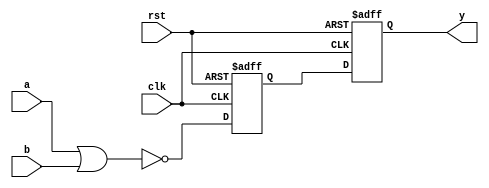
module nor_gate_delay (
    input wire a,
    input wire b,
    output reg y,
    input wire clk,
    input wire rst
);

reg internal_signal;

always @(posedge clk or negedge rst) begin
    if (rst == 1'b0) begin
        internal_signal <= 1'b0;
    end else begin
        internal_signal <= ~(a | b);
    end
end

always @(posedge clk or negedge rst) begin
    if (rst == 1'b0) begin
        y <= 1'b0;
    end else begin
        y <= internal_signal;
    end
end

endmodule